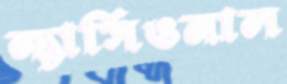
ন্যাসিওনাল